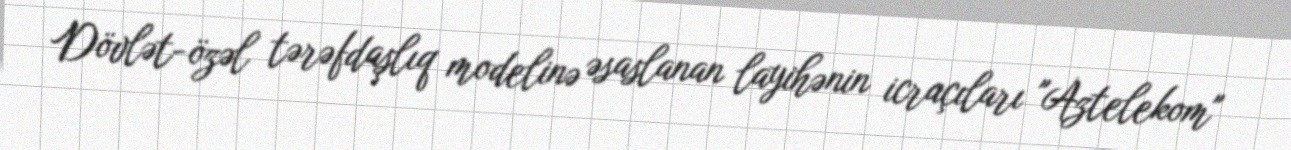
Dövlət-özəl tərəfdaşlıq modelinə əsaslanan layihənin icraçıları "Aztelekom"